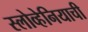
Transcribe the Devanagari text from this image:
स्लोव्हेनियाची